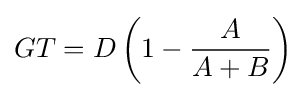
GT=D\left(1-{\frac {A}{A+B}}\right)